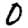
Digit: 0